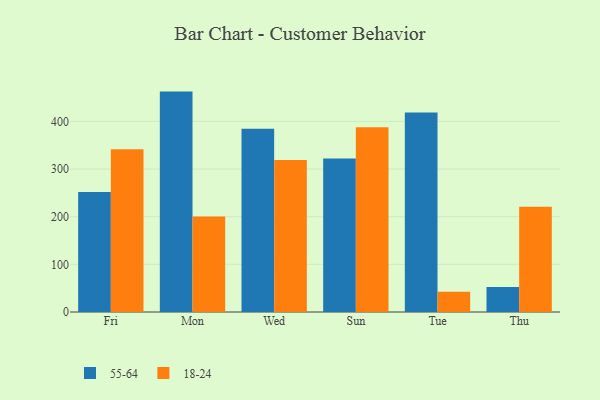
{"axis": {"x": "Day", "y": "Humidity (%)"}, "legend": ["18-24", "55-64"], "data": [{"x": "Fri", "y": 251.7, "type": "55-64"}, {"x": "Fri", "y": 341.4, "type": "18-24"}, {"x": "Mon", "y": 462.5, "type": "55-64"}, {"x": "Mon", "y": 200.6, "type": "18-24"}, {"x": "Wed", "y": 384.5, "type": "55-64"}, {"x": "Wed", "y": 318.9, "type": "18-24"}, {"x": "Sun", "y": 321.9, "type": "55-64"}, {"x": "Sun", "y": 387.7, "type": "18-24"}, {"x": "Tue", "y": 418.7, "type": "55-64"}, {"x": "Tue", "y": 42.6, "type": "18-24"}, {"x": "Thu", "y": 52.6, "type": "55-64"}, {"x": "Thu", "y": 220.7, "type": "18-24"}]}